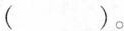
（）。